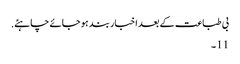
بی طباعت کے بعد اخبار بند ہو جائے چاہئے.
11 ۔